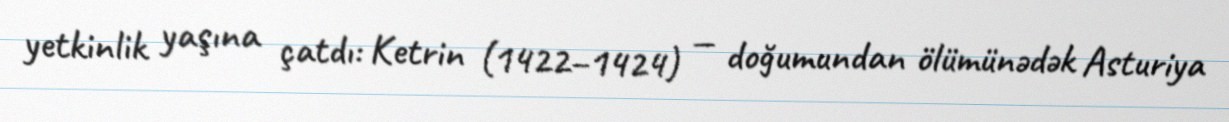
yetkinlik yaşına çatdı: Ketrin (1422–1424) — doğumundan ölümünədək Asturiya